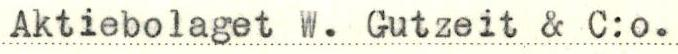
Aktiebolaget W. Gutzeit & C:o.